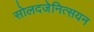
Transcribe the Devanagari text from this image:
सोलदजेनित्सयन